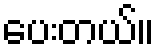
ပေးတယ်။